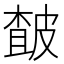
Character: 皶